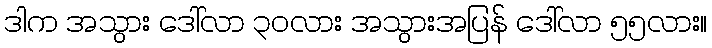
ဒါက အသွား ဒေါ်လာ ၃၀လား အသွားအပြန် ဒေါ်လာ ၅၅လား။